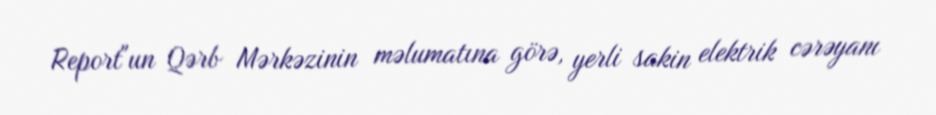
Report"un Qərb Mərkəzinin məlumatına görə, yerli sakin elektrik cərəyanı